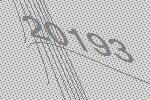
20193